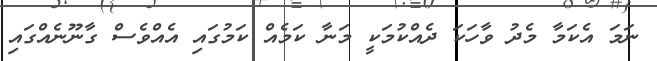
ނަމަ އެކަމާ މެދު ވާހަކަ ދެއްކުމަކީ މަނާ ކަމެއް ކަމުގައި އެއްވެސް ގާނޫނެއްގައި